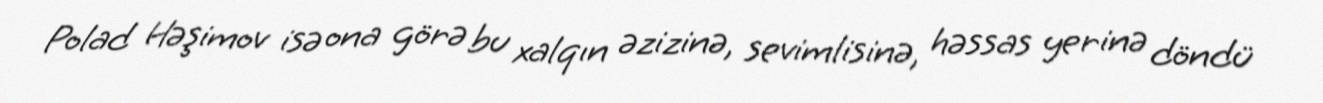
Polad Həşimov isə ona görə bu xalqın əzizinə, sevimlisinə, həssas yerinə döndü